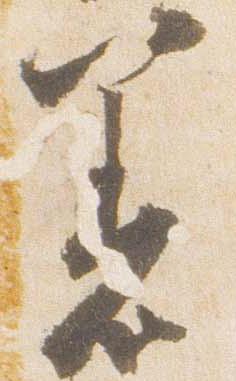
着